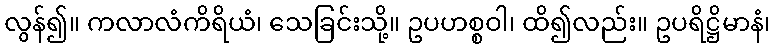
လွန်၍။ ကလာလံကိရိယံ၊ သေခြင်းသို့။ ဥပဟစ္စဝါ၊ ထိ၍လည်း။ ဥပရိဋ္ဌိမာနံ၊